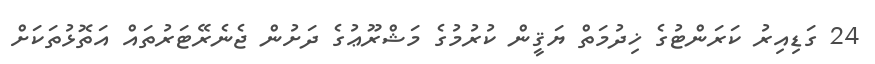
24 ގަޑިއިރު ކަރަންޓުގެ ޚިދުމަތް ޔަޤީން ކުރުމުގެ މަޝްރޫޢުގެ ދަށުން ޖެނެރޭޓަރުތައް އަތޮޅުތަކަށް